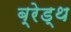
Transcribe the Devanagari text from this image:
ब्रेड्थ